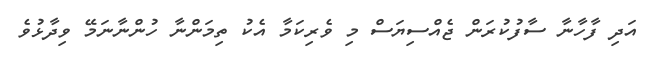
އަދި ފާހާނާ ސާފުކުރަން ޖެއްސިޔަސް މި ވެރިކަމާ އެކު ތިމަންނާ ހުންނާނަމޭ ވިދާޅުވެ